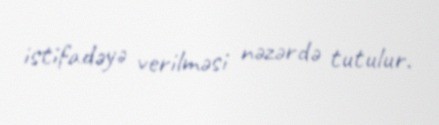
istifadəyə verilməsi nəzərdə tutulur.